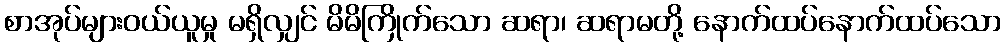
စာအုပ်များဝယ်ယူမှု မရှိလျှင် မိမိကြိုက်သော ဆရာ၊ ဆရာမတို့ နောက်ထပ်နောက်ထပ်သော